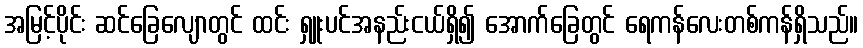
အမြင့်ပိုင်း ဆင်ခြေလျောတွင် ထင်း ရှူးပင်အနည်းငယ်ရှိ၍ အောက်ခြေတွင် ရေကန်လေးတစ်ကန်ရှိသည်။